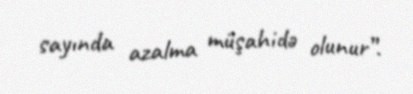
sayında azalma müşahidə olunur”.